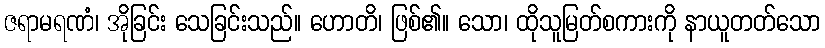
ဇရာမရဏံ၊ အိုခြင်း သေခြင်းသည်။ ဟောတိ၊ ဖြစ်၏။ သော၊ ထိုသူမြတ်စကားကို နာယူတတ်သော